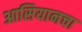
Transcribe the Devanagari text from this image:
आसियानचा